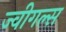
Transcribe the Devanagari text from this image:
ज्वीगल्स